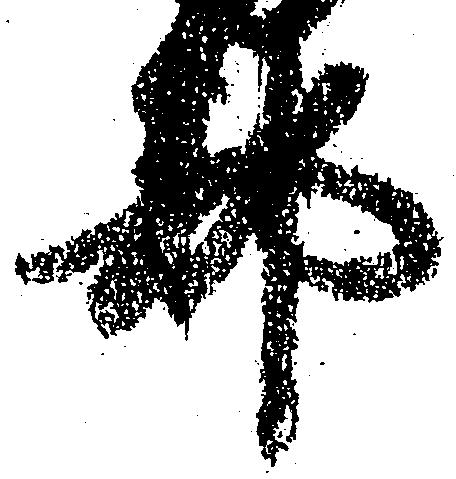
都